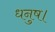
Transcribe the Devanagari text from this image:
धनुष।